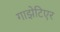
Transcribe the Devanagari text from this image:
गाझेटिएर